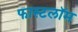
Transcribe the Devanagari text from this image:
फास्टलॉम